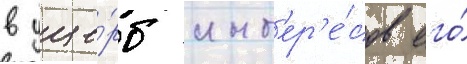
в уще́рб инт'ер'е́сов его́